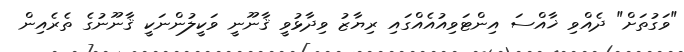
"ވަގުތަށް" ދެއްވި ޚާއްސަ އިންޓަވިއުއެއްގައި ރިޔާޒު ވިދާޅުވީ ޤާނޫނީ ވަކީލުންނަކީ ޤާނޫނުގެ ތެރެއިން